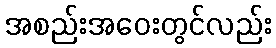
အစည်းအဝေးတွင်လည်း